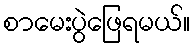
စာမေးပွဲဖြေရမယ်။